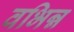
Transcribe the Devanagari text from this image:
वभिन्न